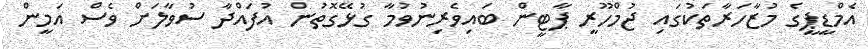
އެމްޑީޕީގެ މުޒާހަރާތަކުގައި ޖުމްހޫރީ ޕާޓީން ބައިވެރިނުވުމާ ގުޅޭގޮތުން އުފައްދާ ސުވާލަށް ވެސް އަމީން